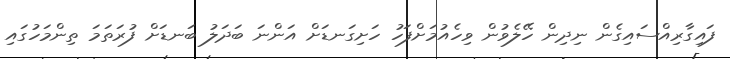
ފައިގާރިއްސައިގެން ނިދިން ހޭލެވުން ވިހެއުމަށްފަހު ހަށިގަނޑަށް އަންނަ ބަދަލު ބަނޑަށް ފުރަތަމަ ތިންމަހުގައި